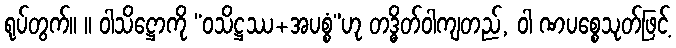
ရုပ်တွက်။ ။ ဝါသိဋ္ဌောကို “ဝသိဋ္ဌဿ+အပစ္စံ”ဟု တဒ္ဓိတ်ဝါကျတည်, ဝါ ဏပစ္စေသုတ်ဖြင့်